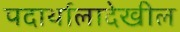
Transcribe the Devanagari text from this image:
पदार्थालादेखील